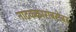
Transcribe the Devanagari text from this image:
नाटककारांबरोबर